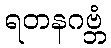
ရတနဂဗ္ဘံ